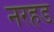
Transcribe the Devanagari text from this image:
नरहड